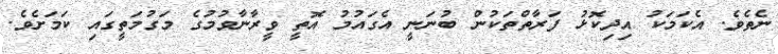
ނެތެވެ. އެކަމަކު އިދިކޮޅު ފަރާތްތަކުން ބުނަނީ އެގައުމު އޮތީ ވީރާނާވުމުގެ މަގުމަތީގައި ކަމަށެވެ.